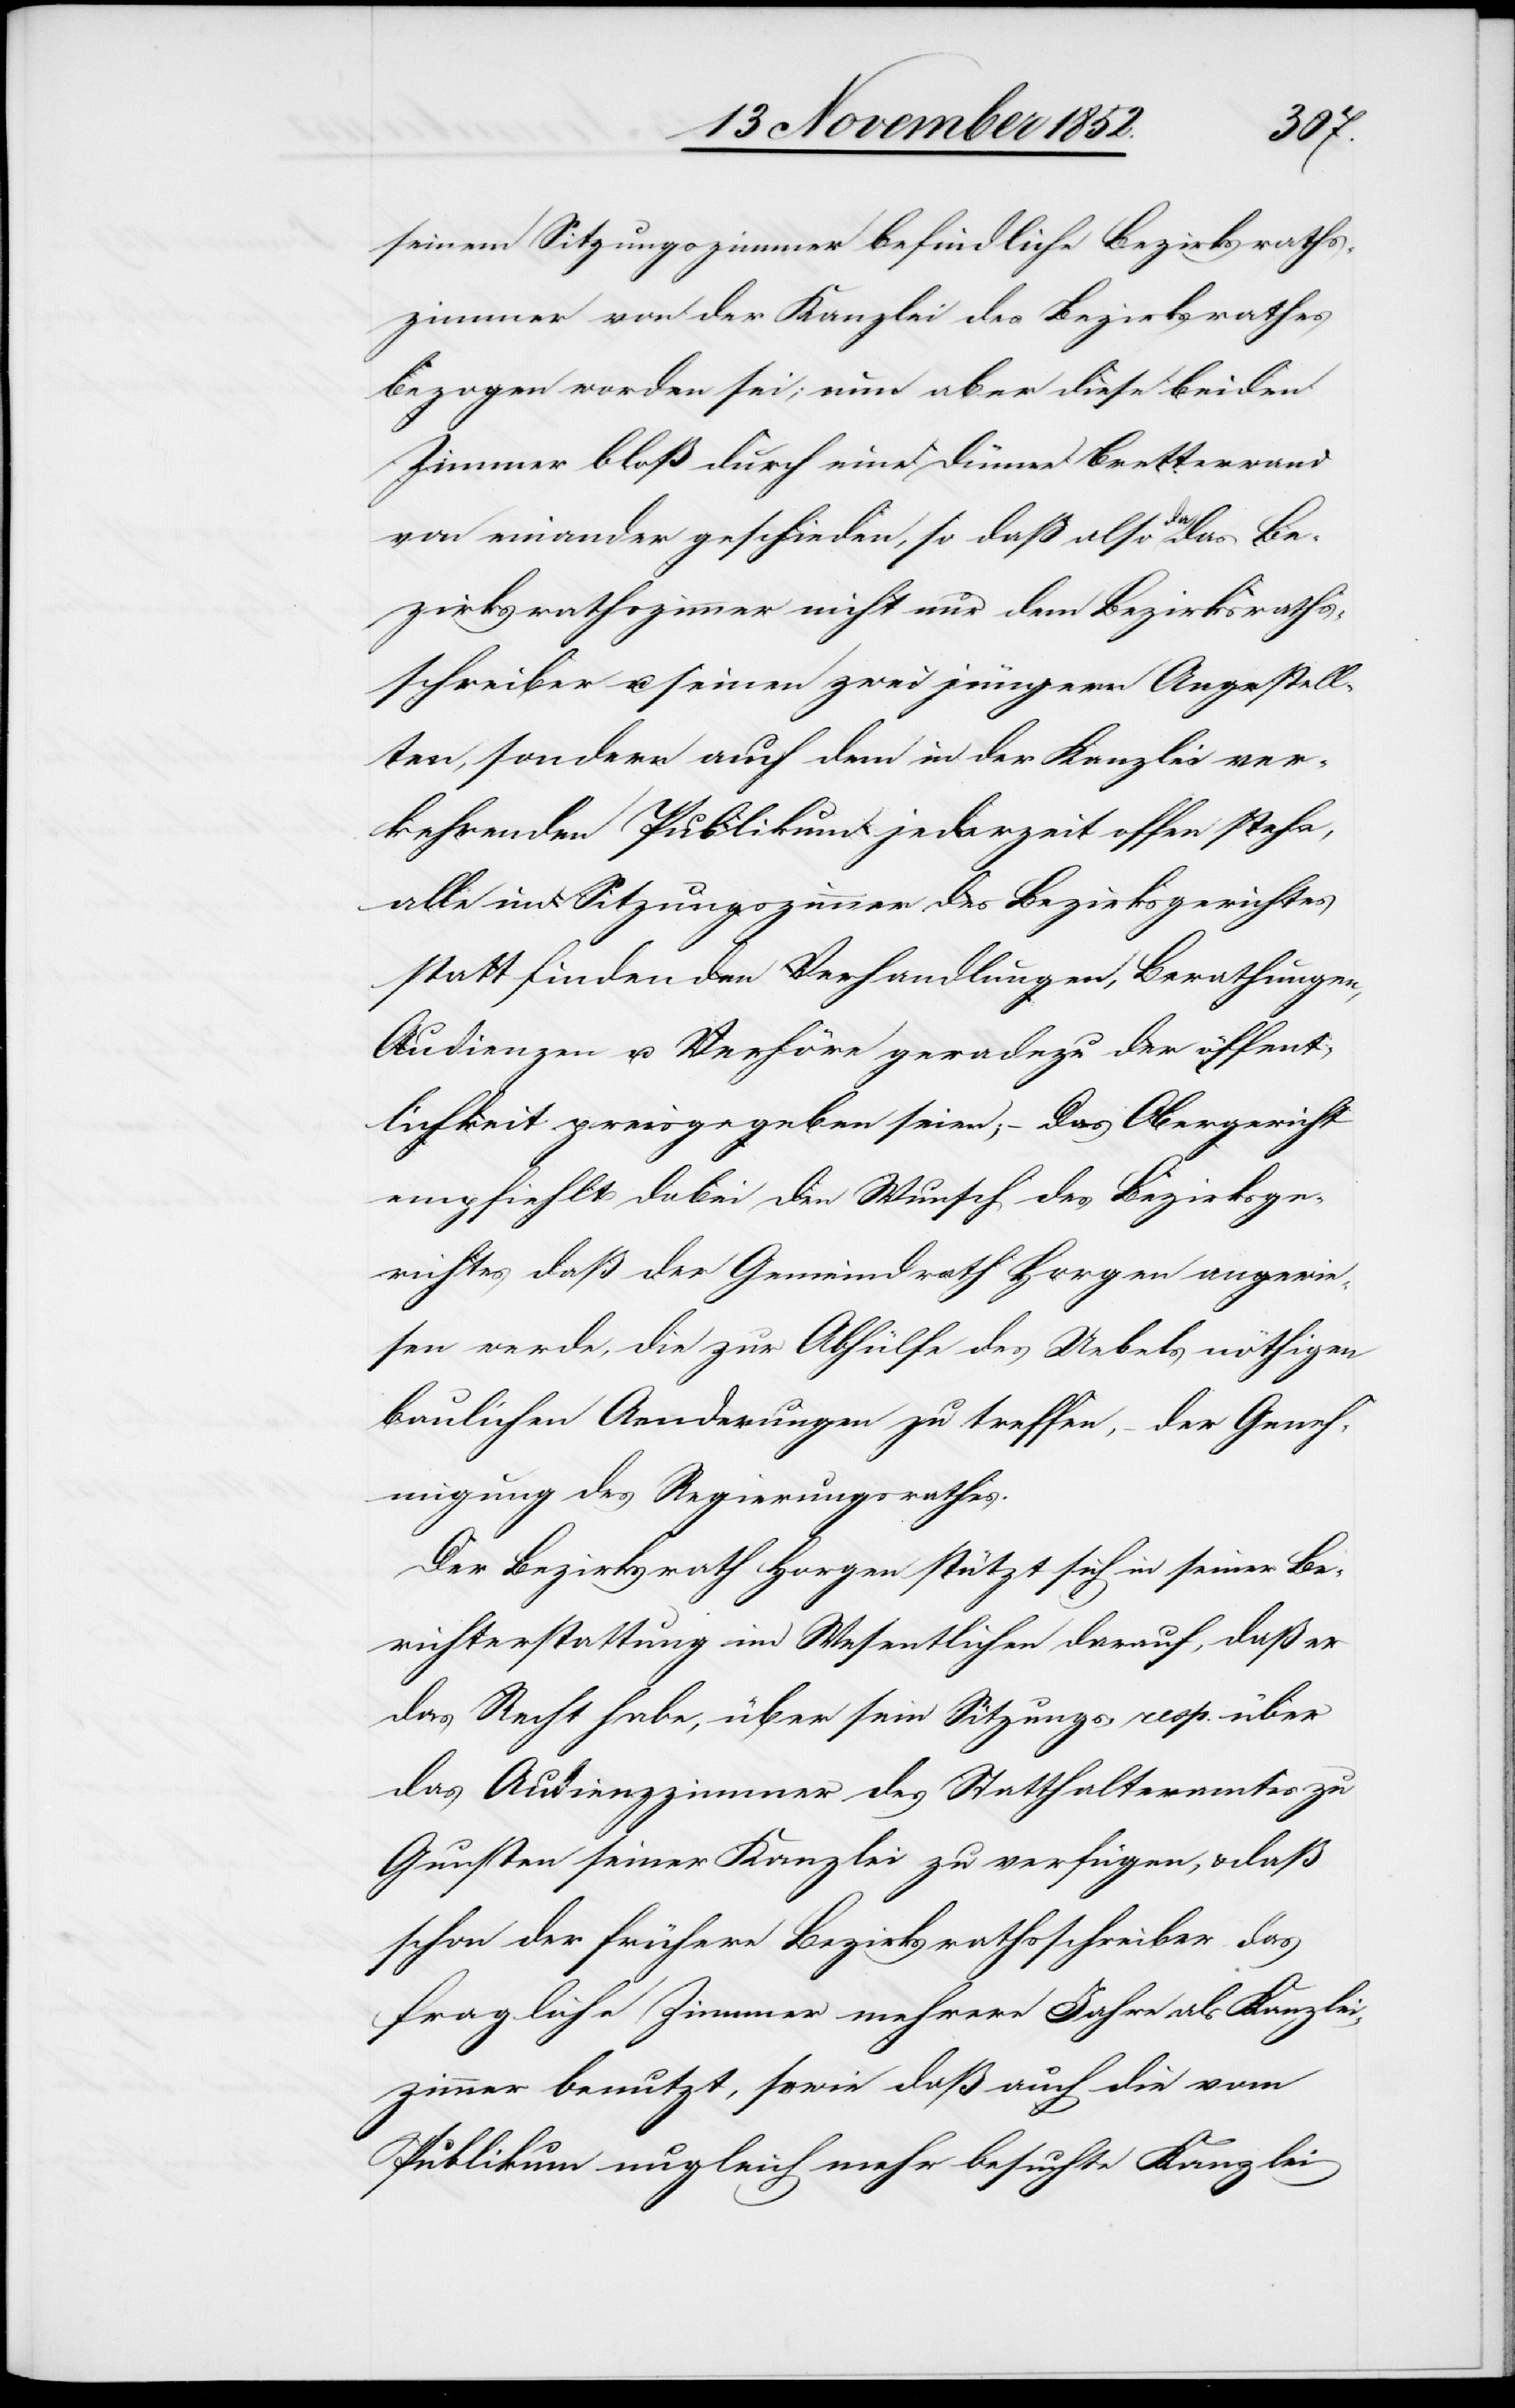
seinem Sitzungszimmer befindliche Bezirksraths¬
zimmer von der Kanzlei des Bezirksrathes
bezogen worden sei; nun aber diese beiden
Zimmer bloß durch eine dünne Bretterwand
von einander geschieden, so daß also da das Be¬
zirksrathszimmer nicht nur dem Bezirksraths¬
schreiber u. seinen zwei jüngern Angestell¬
ten, sondern auch dem in der Kanzlei ver¬
kehrenden Publikum jederzeit offen stehe,
alle im Sitzungszimmer des Bezirksgerichtes
statt findenden Verhandlungen, Berathungen,
Audienzen u. Verhöre geradezu der öffent¬
lichkeit [sic!] preisgegeben seien; – Das Obergericht
empfiehlt dabei den Wunsch des Bezirksge¬
richtes daß der Gemeindrath Horgen angewie¬
sen werde, die zur Abhülfe des Uebels nöthigen
baulichen Aenderungen zu treffen, – der Geneh¬
migung des Regierungsrathes.
Der Bezirksrath Horgen stützt sich in seiner Be¬
richterstattung im Wesentlichen darauf, daß er
das Recht habe, über sein Sitzungs- resp. über
das Audienzzimmer des Statthalteramtes zu
Gunsten seiner Kanzlei zu verfügen, & daß
schon der frühere Bezirksrathsschreiber das
fragliche Zimmer mehrere Jahre als Kanzlei¬
zimmer benutzt, sowie daß auch die vom
Publikum ungleich mehr besuchte Kanzlei